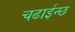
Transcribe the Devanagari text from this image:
चढाईन्छ